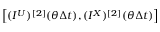
\left[ ( I ^ { U } ) ^ { [ 2 ] } ( \theta \Delta t ) , ( I ^ { X } ) ^ { [ 2 ] } ( \theta \Delta t ) \right]